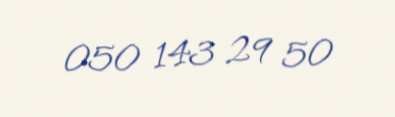
050 143 29 50